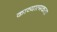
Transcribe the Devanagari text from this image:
काव्‍यात्‍मकता